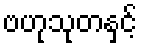
ဗဟုသုတနှင့်